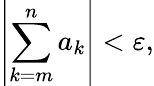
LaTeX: \left|\sum_{k=m}^{n}a_{k}\right|<\varepsilon,